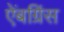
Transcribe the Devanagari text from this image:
ऐंबग्रिंस